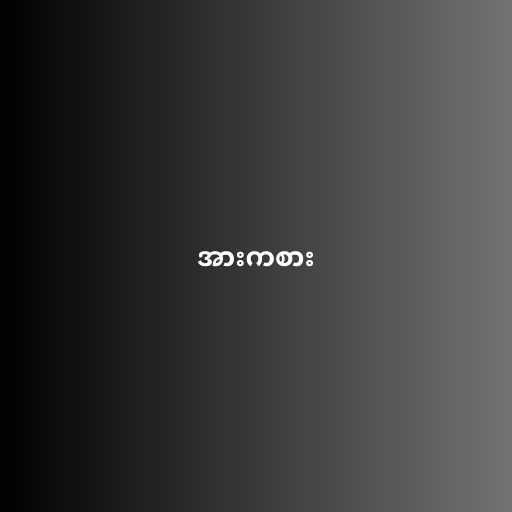
အားကစား